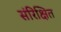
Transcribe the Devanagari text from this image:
संरिक्षित